Bréfritari: Þórunn Pálsdóttir
Viðtakandi: Páll Pálsson
Dagsetning: A-1824-06-24
Skrifað á: Hallfreðarstöðum  N-Múl.
Páll var bróðir Þórunnar

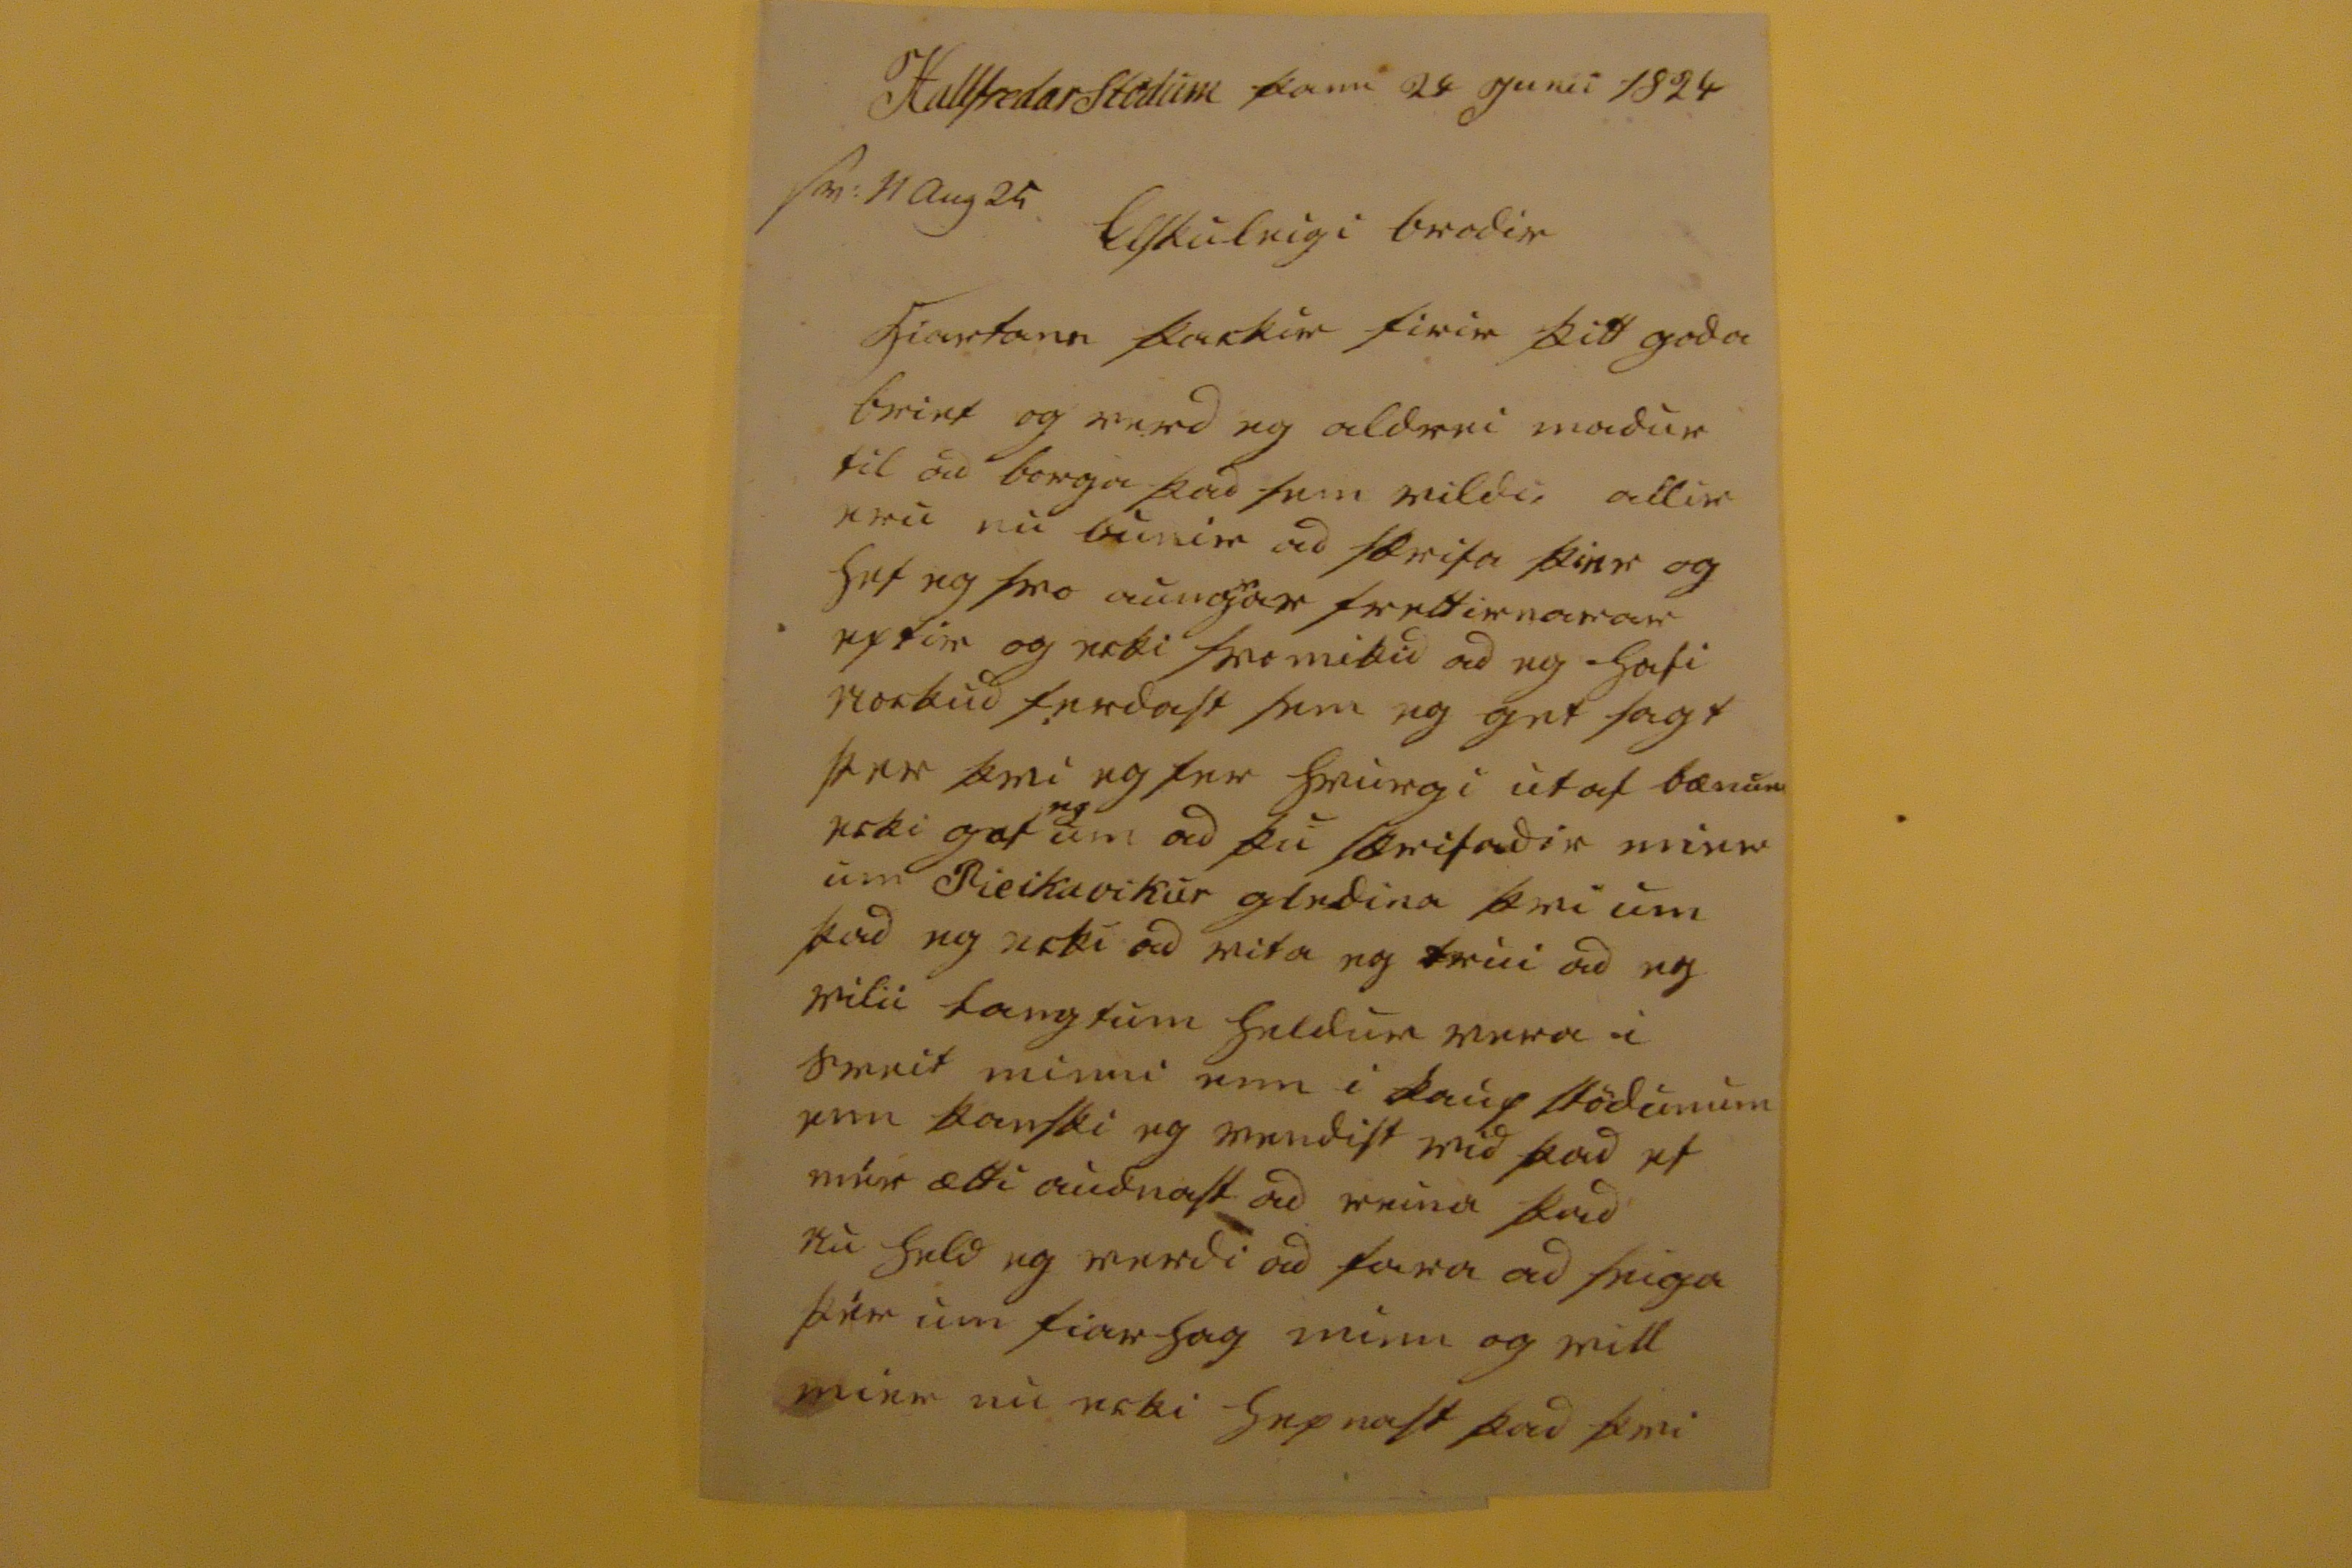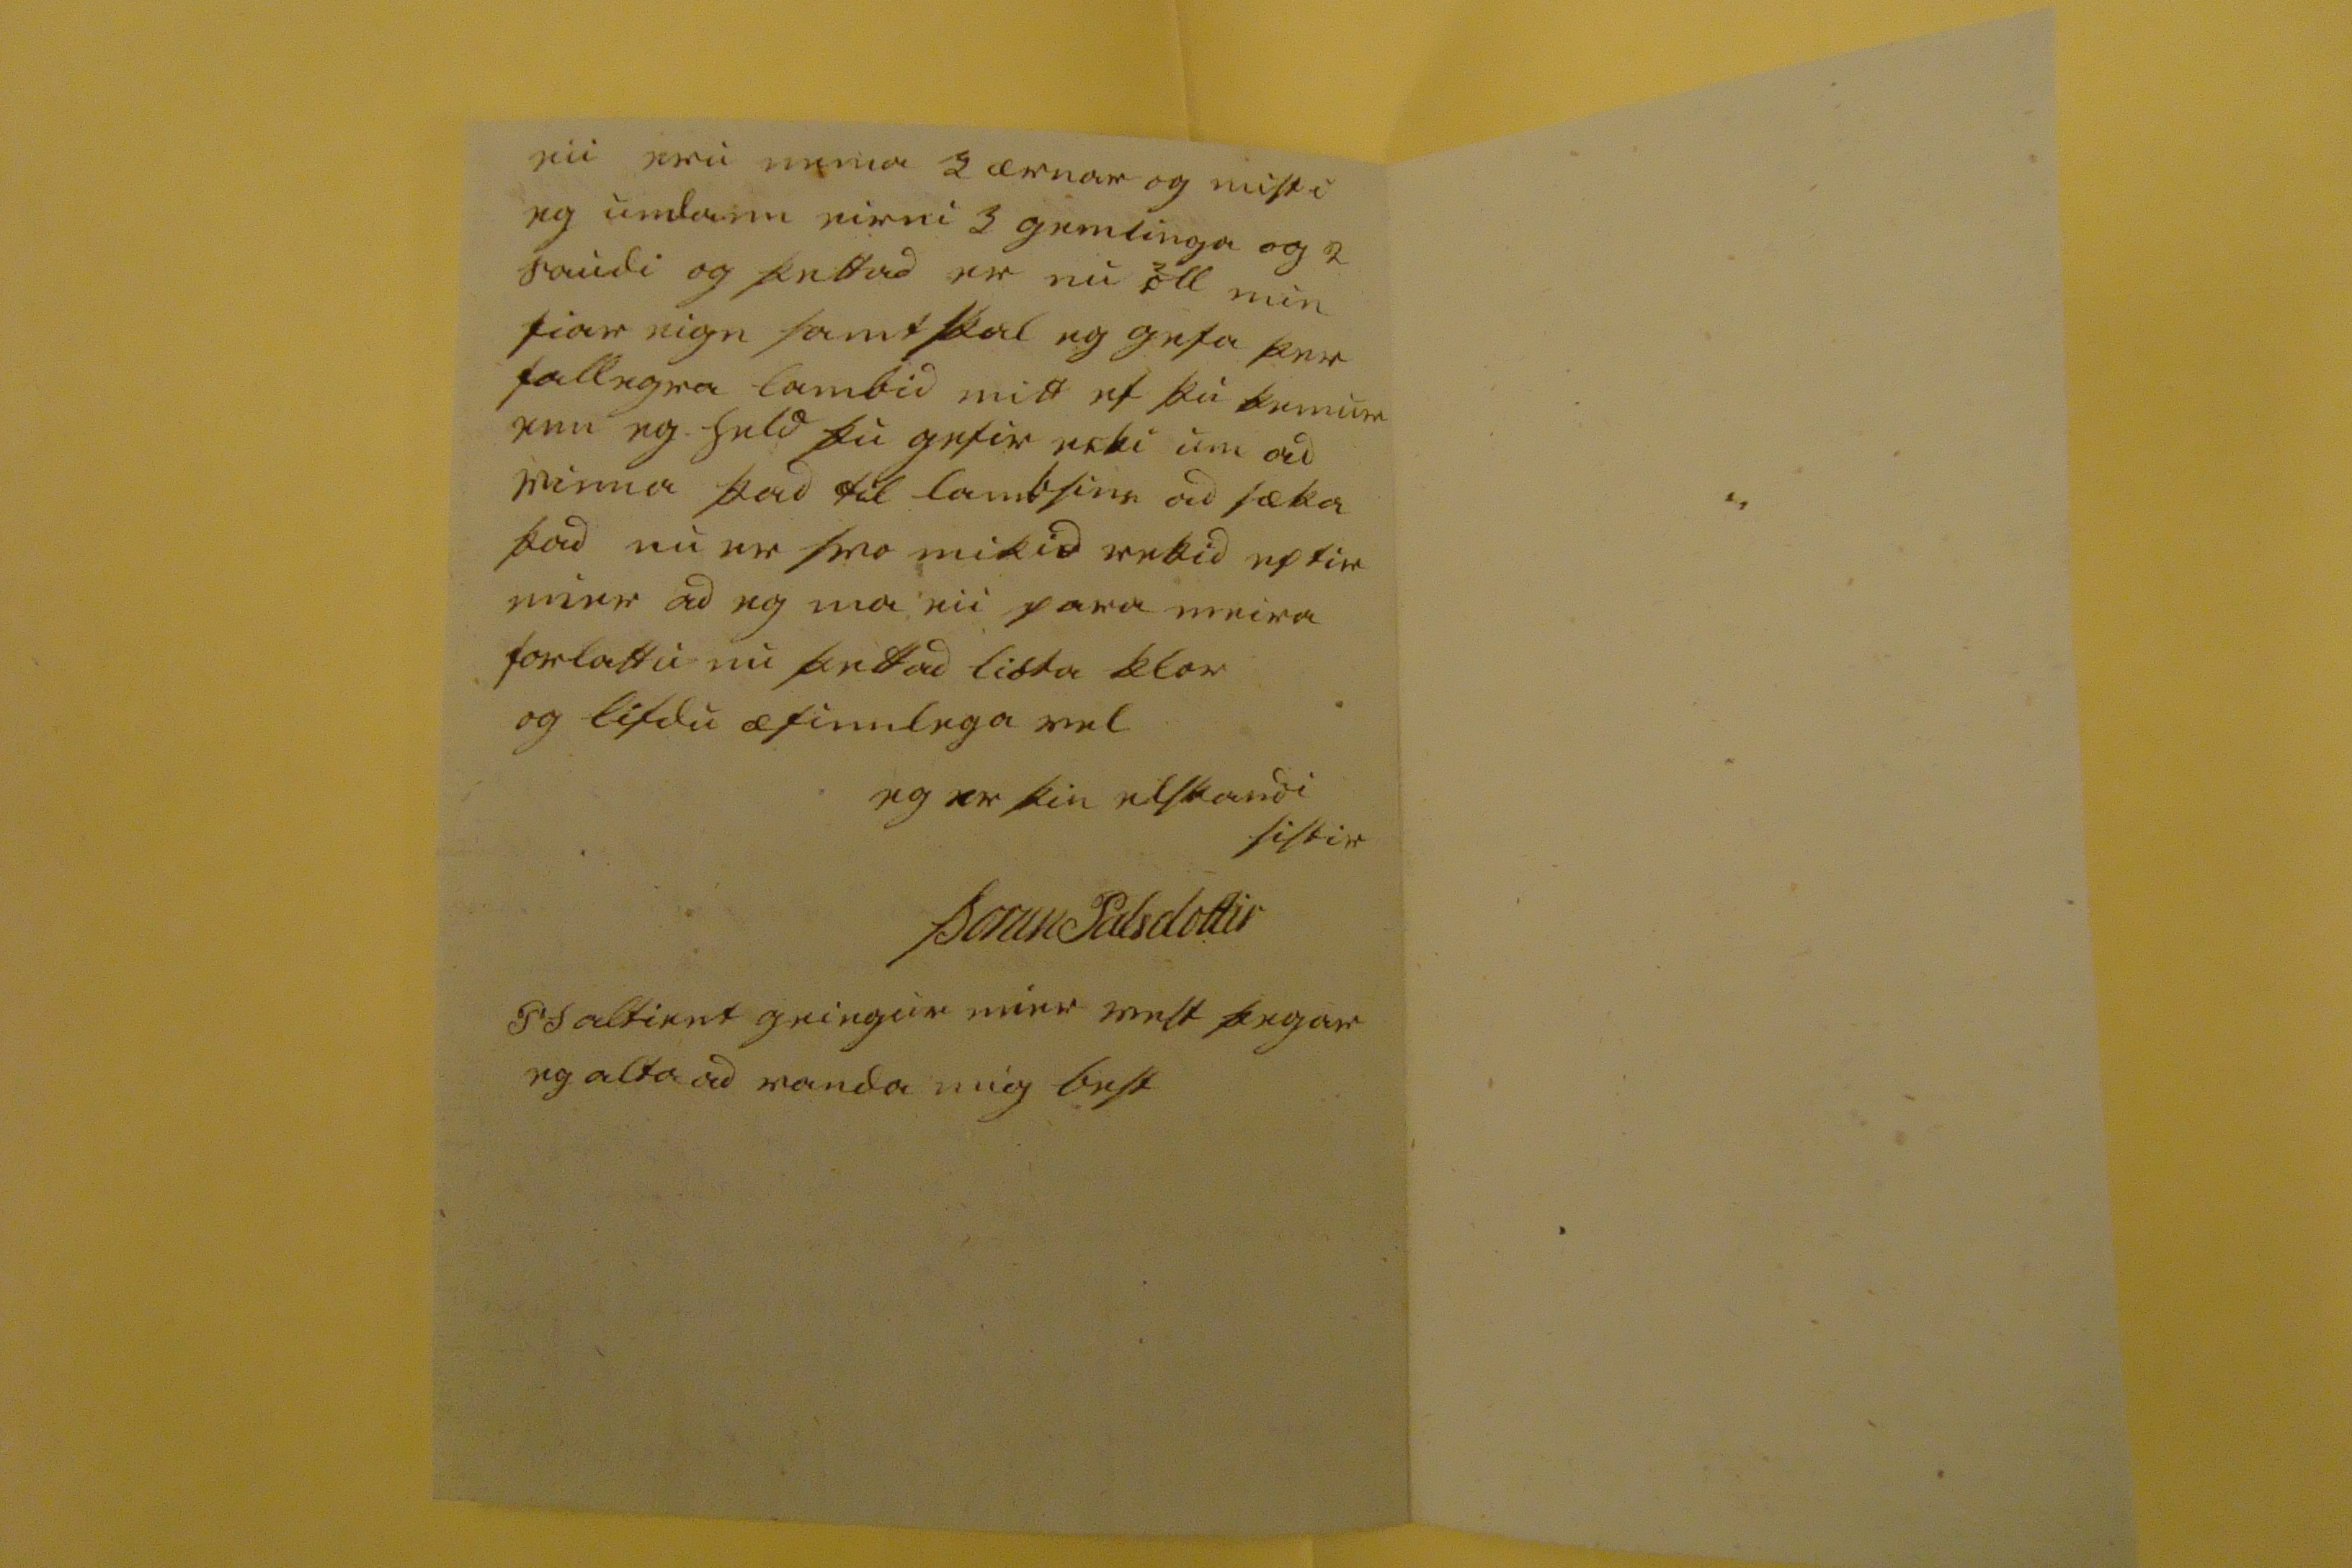

Hallfredarstodum þann 24 junii 1824
sv: 11 aug 24
Elskuleigi brodir
hiartann þackir firir þitt goda brief og verd eg aldrei madur til ad borga þad sem vildu allir eru nu bunir ad skrifa þier og hef eg svo aung
v
ar frettirnarar eptir og ecki svo mikid ad eg hafi nockud ferdast sem eg get sagt þer þvi eg fer hvurgi ut af bænum ecki gaf
eg
um ad þu skrifadir mier um Rieikavikur gledina þvi um þad eg ecki ad vita eg trui ad eg vilii langtum heldur vera i sveit minni enn i kaup stödunum enn kanski eg vendist vid þad ef mér ætti audnast ad reina þad nu held eg verdi ad fara ad seiga þér um fiarhag minn og vill mier nu ecki hepnast þad þvi
eii eru nema 2 ærnar og misti eg
umla00
eirni 3 gemlinga og 2 saudi og þettad er nu öll min fiar eign samt skal eg gefa þer fallegra lambid mitt ef þu kemur enn eg held þu getir ecki um ad vinna þad til lamb sinn ad sæka þad nu er svo mikid rekid eptir mier ad eg ma eii para meira forlattu nu þettad lióta klor og lifdu æfinnlega vel
eg er þin elskandi sistir
Þorun Palsdottir
P S altient geingur mier vest þegar eg
alta
ad vanda mig best